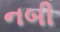
નબી